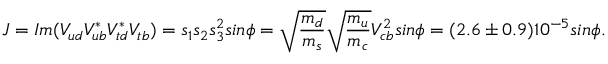
J = I m ( V _ { u d } V _ { u b } ^ { * } V _ { t d } ^ { * } V _ { t b } ) = s _ { 1 } s _ { 2 } s _ { 3 } ^ { 2 } s i n \phi = \sqrt { \frac { m _ { d } } { m _ { s } } } \sqrt { \frac { m _ { u } } { m _ { c } } } V _ { c b } ^ { 2 } s i n \phi = ( 2 . 6 \pm 0 . 9 ) 1 0 ^ { - 5 } s i n \phi .